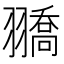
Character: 𦒓